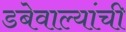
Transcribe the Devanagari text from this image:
डबेवाल्यांची